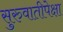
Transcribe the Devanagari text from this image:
सुरुवातीपेक्षा